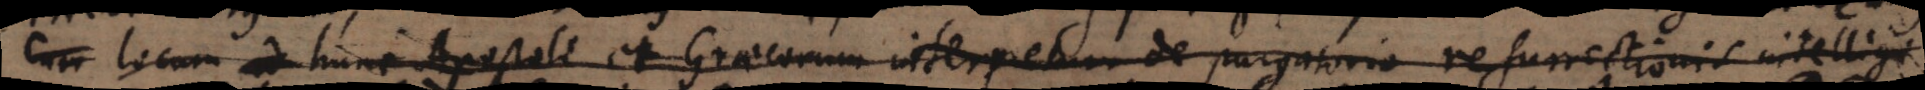
cum locum ad hunc Apostoli et Graecorum interpretum de purgatorio resurrectionis intelligi.